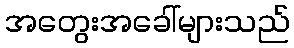
အတွေးအခေါ်များသည်